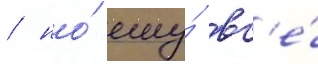
/ но́ ему́ вс'е́